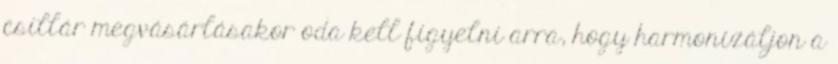
csillár megvásárlásakor oda kell figyelni arra, hogy harmonizáljon a